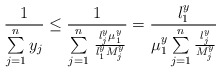
\begin{align*}\frac{1}{\sum\limits_{j=1}^n y_{j} }\le \frac{1}{\sum\limits_{j=1}^n {\mathrm{\thinspace }\frac{l_{j}^{y}\mu_{1}^{y}}{l_{1}^{y}M_{j}^{y}}} }=\frac{l_{1}^{y}}{\mu_{1}^{y}\sum\limits_{j=1}^n \frac{l_{j}^{y}}{M_{j}^{y}} }\end{align*}